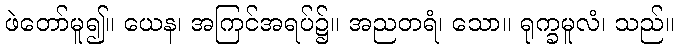
ဖဲတော်မူ၍။ ယေန၊ အကြင်အရပ်၌။ အညတရံ၊ သော။ ရုက္ခမူလံ၊ သည်။